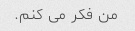
من فکر می کنم.